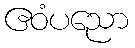
ဧဝံပညော